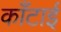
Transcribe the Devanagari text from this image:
काँटाई